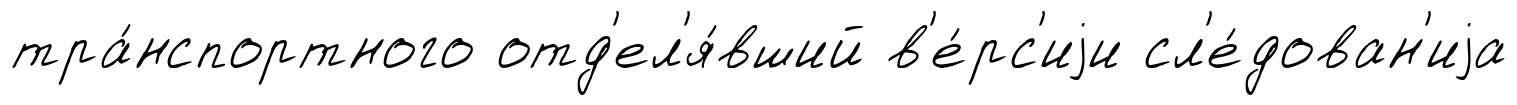
тра́нспортного отд'ел'я́вший в'е́рс'иjи сл'е́дован'иjа